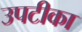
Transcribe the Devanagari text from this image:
उपटीका